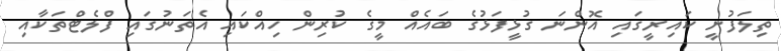
ތިލަފުށީ ކައިރީގައި އޮންނަ ގުޅީފަޅުގެ ބައެއް މީގެ ކުރިން ހިއްކައި އެތަނުގައި ފްލެޓްތަކާއި